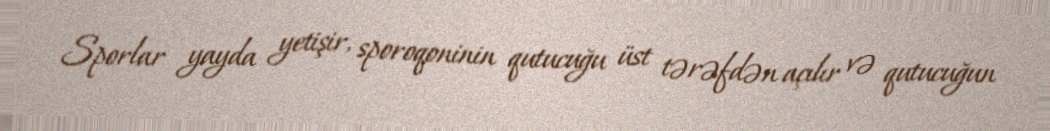
Sporlar yayda yetişir, sporoqoninin qutucuğu üst tərəfdən açılır və qutucuğun